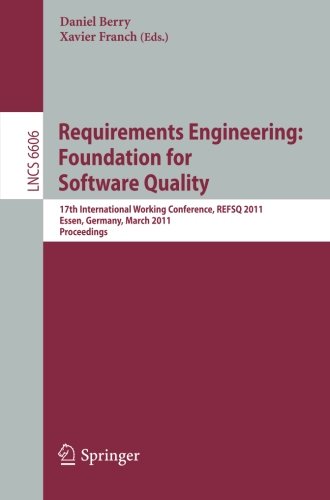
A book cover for Requirements Engineering: Foundation for Software Quality: 17th International Working Conference, REFSQ 2011, Essen, Germany, March 28-30, 2011. ... / Programming and Software Engineering); Computers & Technology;